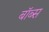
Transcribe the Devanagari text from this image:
बॉब्स